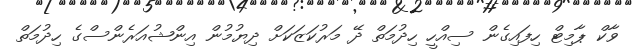
ވާކް ޕާމިޓް ހިފައިގެން ސިއްހީ ހިދުމަތް ދޭ މަރުކަޒަކަށް ދިޔުމުން އިންޝުއަރެންސްގެ ހިދުމަތް